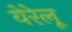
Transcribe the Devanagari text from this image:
येरेलू